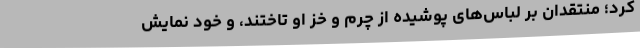
کرد؛ منتقدان بر لباس‌های پوشیده از چرم و خز‌ او تاختند، و خودِ نمایش